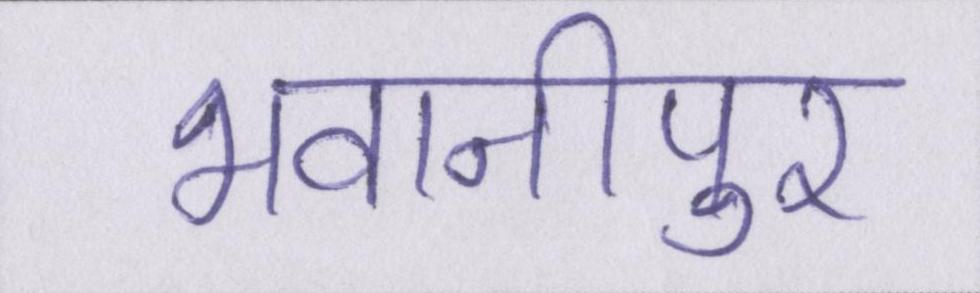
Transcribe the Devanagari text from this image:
भवानीपुर